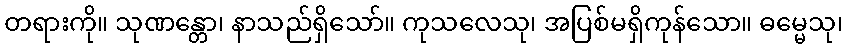
တရားကို။ သုဏန္တော၊ နာသည်ရှိသော်။ ကုသလေသု၊ အပြစ်မရှိကုန်သော။ ဓမ္မေသု၊